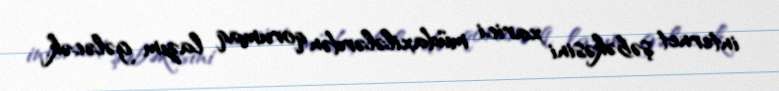
internet şəbəkəsini xarici müdaxilələrdən qorumaq lazım gələcək.